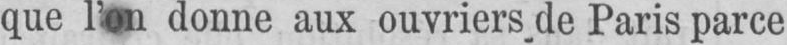
que l’on donne aux ouvriers de Paris parce